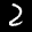
Label: 2